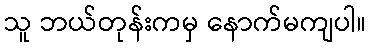
သူ ဘယ်တုန်းကမှ နောက်မကျပါ။